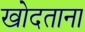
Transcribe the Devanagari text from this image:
खोदताना